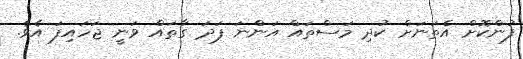
ފުންކޮށް އެތަނަށް ކުދި މަސްތައް އަންނަ ފަދަ ގާތައް ވަނީ ޖަހައިފަ އެވެ.